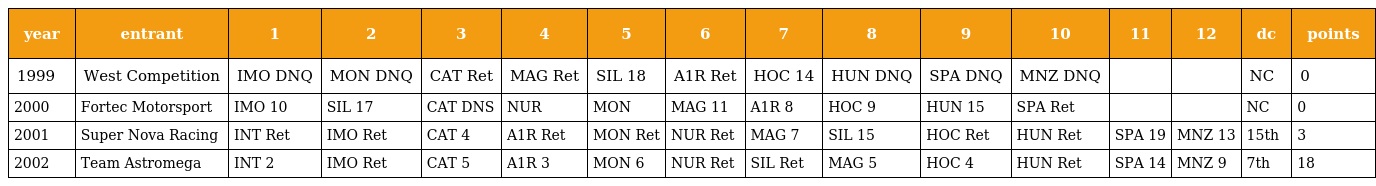
| year | entrant | 1 | 2 | 3 | 4 | 5 | 6 | 7 | 8 | 9 | 10 | 11 | 12 | dc | points |
 | --- | --- | --- | --- | --- | --- | --- | --- | --- | --- | --- | --- | --- | --- | --- | --- |
 | 1999 | West Competition | IMO DNQ | MON DNQ | CAT Ret | MAG Ret | SIL 18 | A1R Ret | HOC 14 | HUN DNQ | SPA DNQ | MNZ DNQ |  |  | NC | 0 |
 | 2000 | Fortec Motorsport | IMO 10 | SIL 17 | CAT DNS | NUR | MON | MAG 11 | A1R 8 | HOC 9 | HUN 15 | SPA Ret |  |  | NC | 0 |
 | 2001 | Super Nova Racing | INT Ret | IMO Ret | CAT 4 | A1R Ret | MON Ret | NUR Ret | MAG 7 | SIL 15 | HOC Ret | HUN Ret | SPA 19 | MNZ 13 | 15th | 3 |
 | 2002 | Team Astromega | INT 2 | IMO Ret | CAT 5 | A1R 3 | MON 6 | NUR Ret | SIL Ret | MAG 5 | HOC 4 | HUN Ret | SPA 14 | MNZ 9 | 7th | 18 |